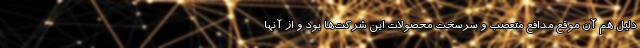
دلیل هم آن موقع مدافع متعصب و سرسخت محصولات این شرکت‌ها بود و از آنها